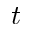
t